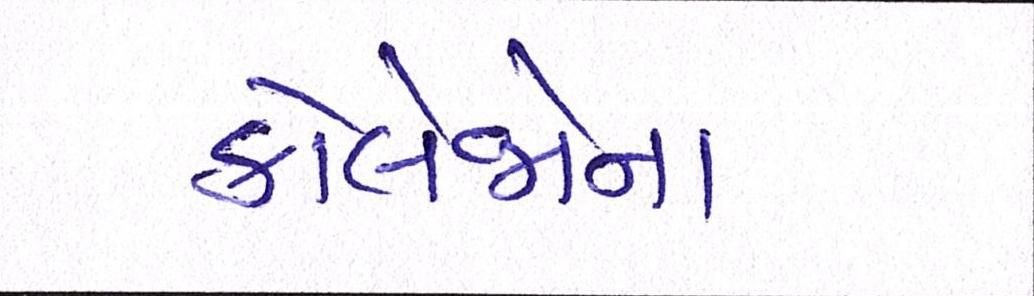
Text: કોલેજોના